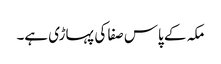
مکہ کے پاس صفا کی پہاڑی ہے۔